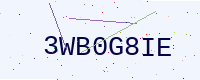
Text: 3WB0G8IE